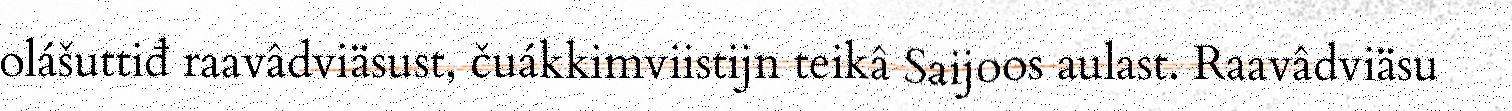
olášuttiđ raavâdviäsust, čuákkimviistijn teikâ Saijoos aulast. Raavâdviäsu